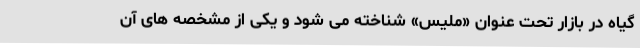
گیاه در بازار تحت عنوان «ملیس» شناخته می شود و یکی از مشخصه های آن